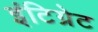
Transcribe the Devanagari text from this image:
इंटिग्रेट